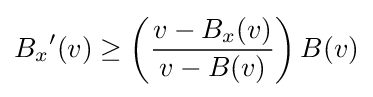
{{B}_{x}}^{\prime }(v)\geq \left({\frac {v-{{B}_{x}}(v)}{v-B(v)}}\right)B(v)